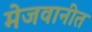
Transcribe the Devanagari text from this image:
मेजवानीत